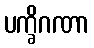
ပက္ခိဂဏာ